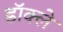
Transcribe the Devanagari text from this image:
डॉक्ले